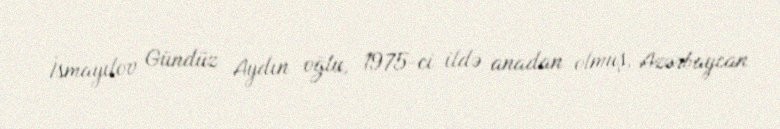
İsmayılov Gündüz Aydın oğlu, 1975-ci ildə anadan olmuş, Azərbaycan